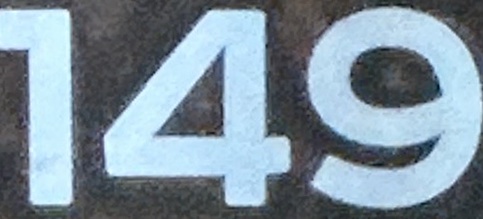
149